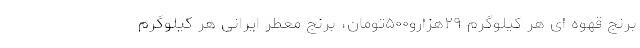
برنج قهوه ای هر کیلوگرم ۲۹هزارو۵۰۰تومان، برنج معطر ایرانی هر کیلوگرم